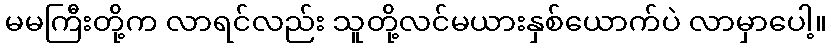
မမကြီးတို့က လာရင်လည်း သူတို့လင်မယားနှစ်ယောက်ပဲ လာမှာပေါ့။